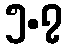
၅.၇